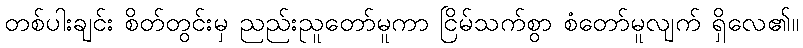
တစ်ပါးချင်း စိတ်တွင်းမှ ညည်းညူတော်မူကာ ငြိမ်သက်စွာ စံတော်မူလျက် ရှိလေ၏။